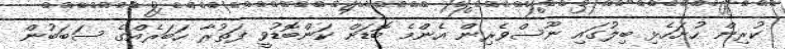
ކުރިން ހުށަހެޅި ބިލުގައި ނޫސްވެރިން އެންމެ ބޮޑަށް ކަންބޮޑުވީ ފަތުރާ ހަބަރެއްގެ ސަބަބުން